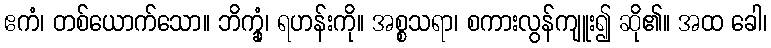
ဧကံ၊ တစ်ယောက်သော။ ဘိက္ခုံ၊ ရဟန်းကို။ အစ္စသရာ၊ စကားလွန်ကျူး၍ ဆို၏။ အထ ခေါ၊